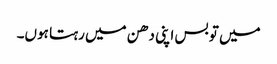
میں تو بس اپنی دھن میں رہتا ہوں۔